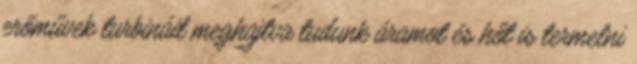
erőművek turbináit meghajtva tudunk áramot és hőt is termelni